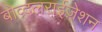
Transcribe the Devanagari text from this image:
बोव्दलराईज़ेशन